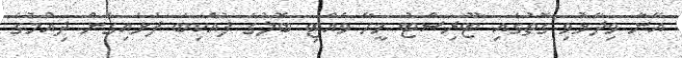
އޭނާ ވިދާޅުވި ގޮތުގައި ޓޫރިސްޓު މީހާ ވެއްޓި ބޮލުގެ ފުއްކިބަ ފަޅައިގެން ދިއުމުގެ